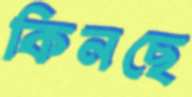
কিনছে